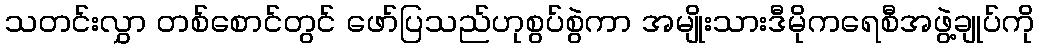
သတင်းလွှာ တစ်စောင်တွင် ဖော်ပြသည်ဟုစွပ်စွဲကာ အမျိုးသားဒီမိုကရေစီအဖွဲ့ချုပ်ကို